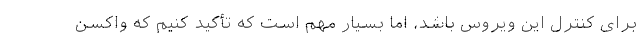
برای کنترل این ویروس باشد، اما بسیار مهم است که تأکید کنیم که واکسن